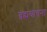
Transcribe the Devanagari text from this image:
ब्रह्मयाचना